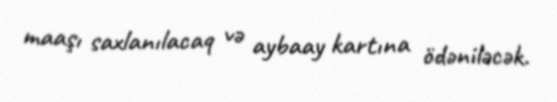
maaşı saxlanılacaq və aybaay kartına ödəniləcək.